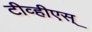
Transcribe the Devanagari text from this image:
टीव्हीएस्